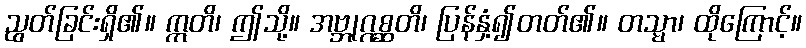
ညွတ်ခြင်းရှိ၏။ ဣတိ၊ ဤသို့။ အဗ္ဘုဂ္ဂစ္ဆတိ၊ ပြန်နှံ့၍တတ်၏။ တသ္မာ၊ ထိုကြောင့်။